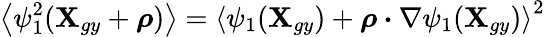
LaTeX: \left\langle\psi_{1}^{2}(\textbf{X}_{gy}+\boldsymbol{\rho})\right\rangle=\left\langle\psi_{1}(\textbf{X}_{gy})+\boldsymbol{\rho}\boldsymbol{\cdot}\nabla\psi_{1}(\textbf{X}_{gy})\right\rangle^{2}